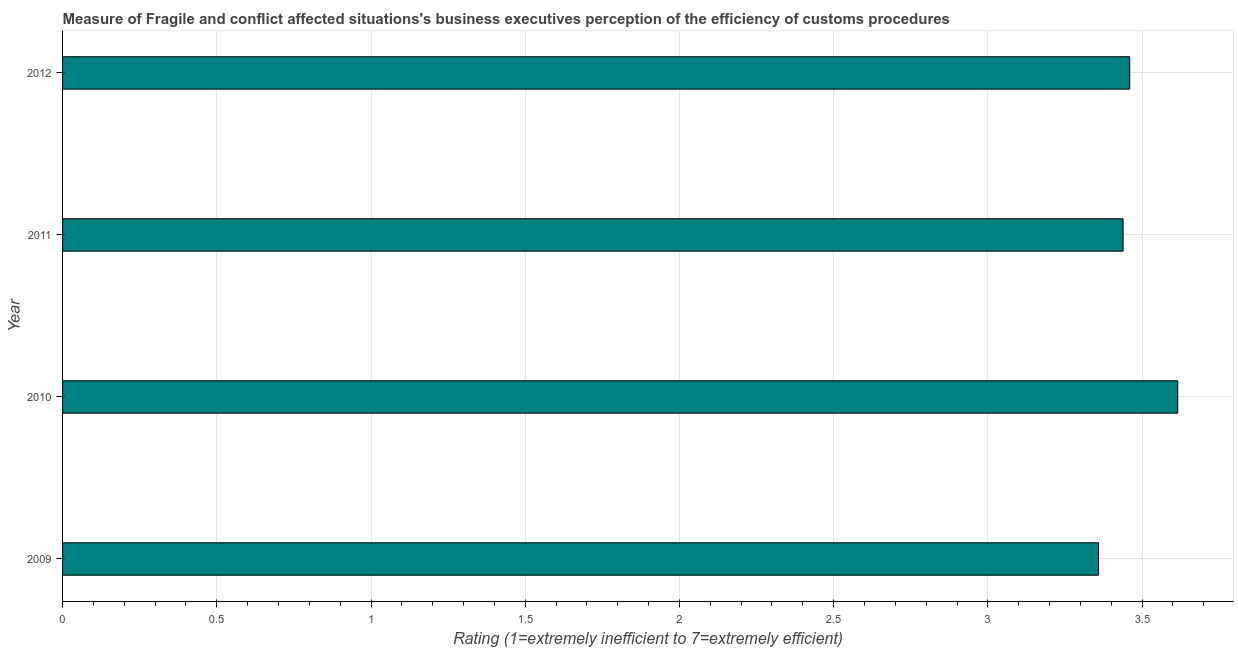
| Year | Burden of customs procedure |
 | --- | --- |
 | 2009 | 3.36 |
 | 2010 | 3.62 |
 | 2011 | 3.44 |
 | 2012 | 3.46 |